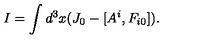
I = \int d ^ { 3 } x ( J _ { 0 } - [ A ^ { i } , F _ { i 0 } ] ) .